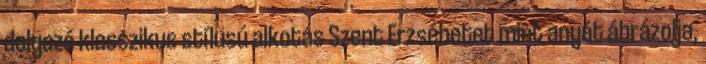
dolgozó klasszikus stílusú alkotás Szent Erzsébetet mint anyát ábrázolja,